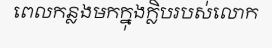
ពេលកន្លងមកក្នុងក្លិបរបស់លោក